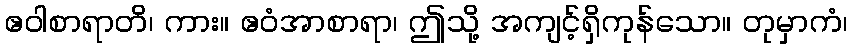
ဧဝါစာရာတိ၊ ကား။ ဧဝံအာစာရာ၊ ဤသို့ အကျင့်ရှိကုန်သော။ တုမှာကံ၊